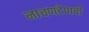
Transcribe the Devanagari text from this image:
नाचणटेपाची